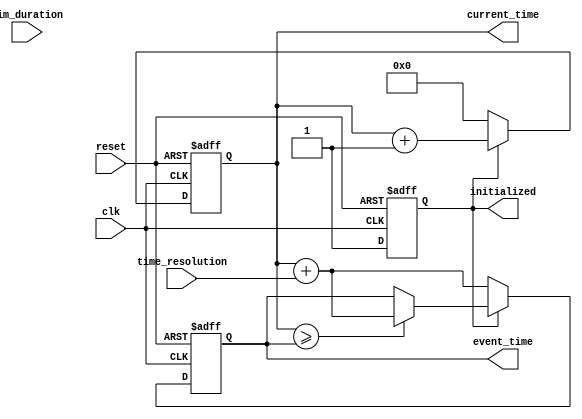
module simulation_time_initialization (
    input wire clk,               // Clock signal
    input wire reset,             // Reset signal
    input wire [31:0] sim_duration, // Simulation duration parameter
    input wire [31:0] time_resolution, // Time resolution parameter
    output reg [31:0] current_time, // Current simulation time
    output reg initialized,       // Initialization status
    output reg [31:0] event_time  // Scheduled event time
);

// Initial conditions
initial begin
    current_time = 32'd0;       // Initialize current time to 0
    initialized = 1'b0;         // Set initialized flag to false
    event_time = 32'd0;         // Initialize event time
end

// Reset mechanism
always @(posedge clk or posedge reset) begin
    if (reset) begin
        // Reinitialize all variables on reset
        current_time <= 32'd0;   // Reset current time to 0
        initialized <= 1'b0;      // Reset initialization status
        event_time <= 32'd0;      // Reset event time
    end else begin
        // Check if the simulation is initialized
        if (!initialized) begin
            // Set the current time to the defined starting point
            current_time <= 32'd0; // Starting point
            initialized <= 1'b1;    // Mark as initialized
            
            // Schedule the first event after the defined time resolution
            event_time <= current_time + time_resolution;
        end else begin
            // Increment current time based on clock cycles
            current_time <= current_time + 1; // Increment time
            
            // Check if it's time to trigger the scheduled event
            if (current_time >= event_time) begin
                // Trigger event action here (to be defined)
                // For example, you can log the event or change states
                // Log the event (for demonstration purposes)
                $display("Event triggered at time: %0d", current_time);
                
                // Schedule the next event
                event_time <= current_time + time_resolution; // Schedule next event
            end
        end
    end
end

endmodule